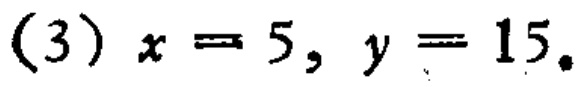
(3) \(x = 5, y = 15\).